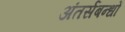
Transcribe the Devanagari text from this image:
अंतर्सबन्धों